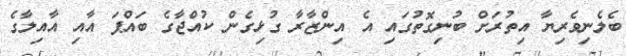
ބެލެނިވެރިޔާ އިތުރަށް ބުނިގޮތުގައި އެ އިންޒާރާ ގުޅިގެން ކުއްޖާގެ ބައްޕަ އާއި އާއިލާގެ